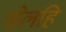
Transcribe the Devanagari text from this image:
सेलहि